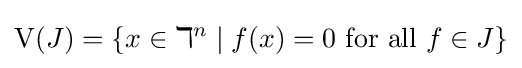
\operatorname {V} (J)=\left\{x\in \mathbb {k} ^{n}\mid f(x)=0{\mbox{ for all }}f\in J\right\}